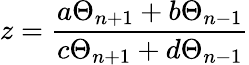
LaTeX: z=\frac{a\Theta_{n+1}+b\Theta_{n-1}}{c\Theta_{n+1}+d\Theta_{n-1}}